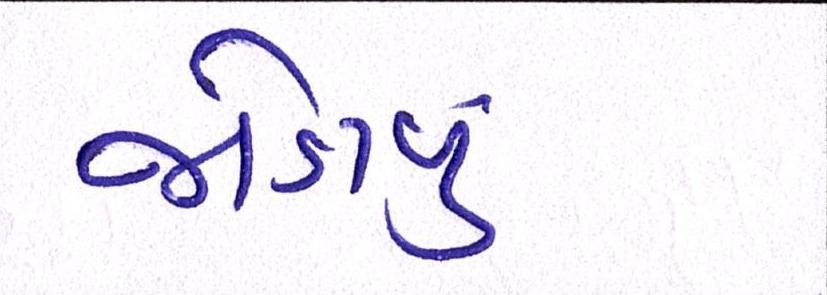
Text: જોડાવું